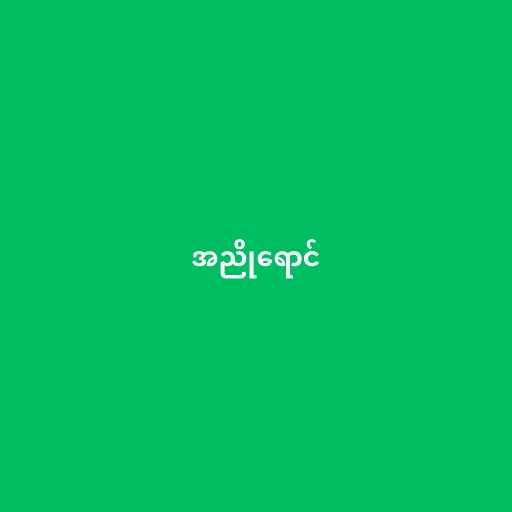
အညိုရောင်